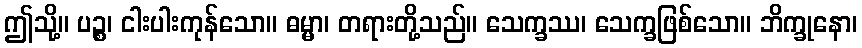
ဤသို့။ ပဉ္စ၊ ငါးပါးကုန်သော။ ဓမ္မာ၊ တရားတို့သည်။ သေက္ခဿ၊ သေက္ခဖြစ်သော။ ဘိက္ခုနော၊